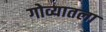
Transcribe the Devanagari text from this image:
गोव्यातला